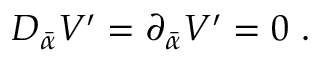
{ \cal D } _ { \bar { \alpha } } { \cal V } ^ { \prime } = \partial _ { \bar { \alpha } } { \cal V } ^ { \prime } = 0 \ .